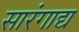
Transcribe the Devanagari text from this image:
सारंगाद्य